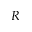
R